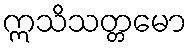
ဣသိသတ္တမော